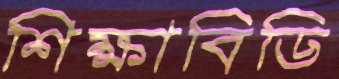
শিক্ষাবিডি